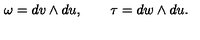
\omega = d v \wedge d u , \quad \quad \tau = d w \wedge d u .